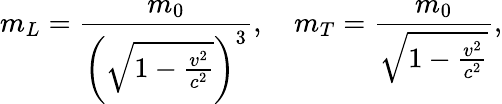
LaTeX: m_{L}={\frac{m_{0}}{\left({\sqrt{1-{\frac{v^{2}}{c^{2}}}}}\right)^{3}}},\quad m_{T}={\frac{m_{0}}{\sqrt{1-{\frac{v^{2}}{c^{2}}}}}},